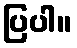
ပြပါ။